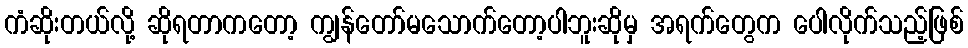
ကံဆိုးတယ်လို့ ဆိုရတာကတော့ ကျွန်တော်မသောက်တော့ပါဘူးဆိုမှ အရက်တွေက ပေါလိုက်သည့်ဖြစ်